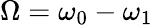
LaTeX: \Omega=\omega_{0}-\omega_{1}